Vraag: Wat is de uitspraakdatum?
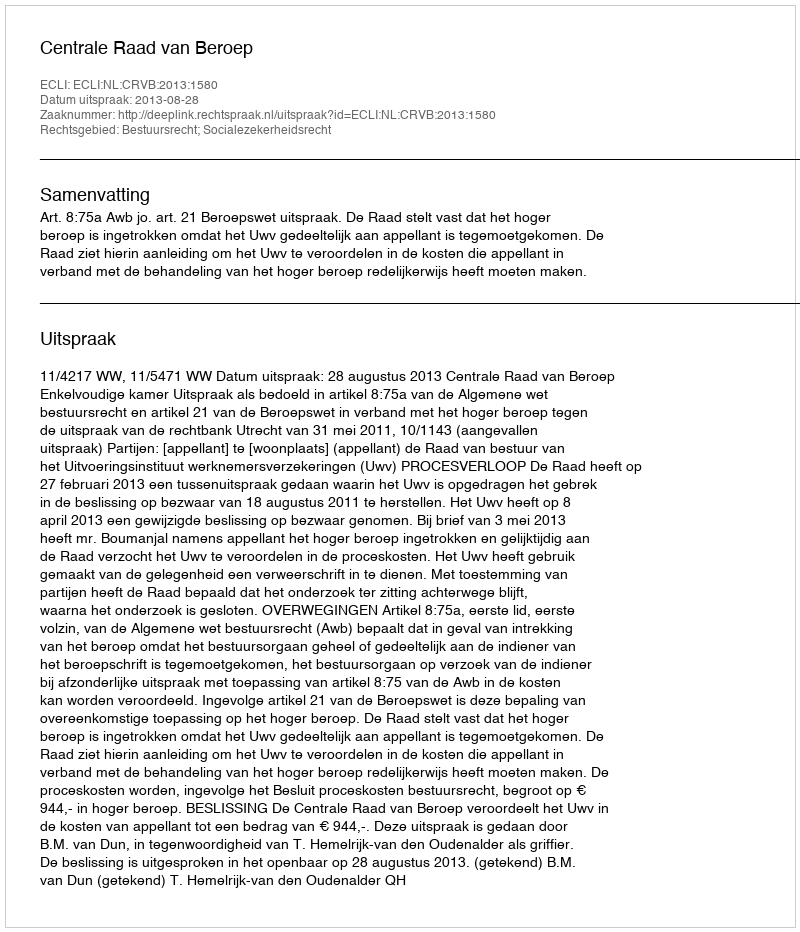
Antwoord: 2013-08-28